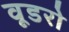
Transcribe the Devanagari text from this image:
वूडरो